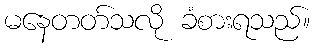
မနေတတ်သလို ခံစားရသည်။